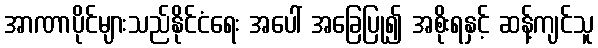
အာဏာပိုင်များသည်နိုင်ငံရေး အပေါ် အခြေပြု၍ အစိုးရနှင့် ဆန့်ကျင်သူ